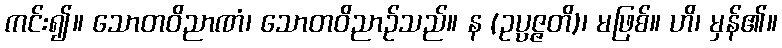
ကင်း၍။ သောတဝိညာဏံ၊ သောတဝိညာဉ်သည်။ န (ဥပ္ပဇ္ဇတိ)၊ မဖြစ်။ ဟိ၊ မှန်၏။